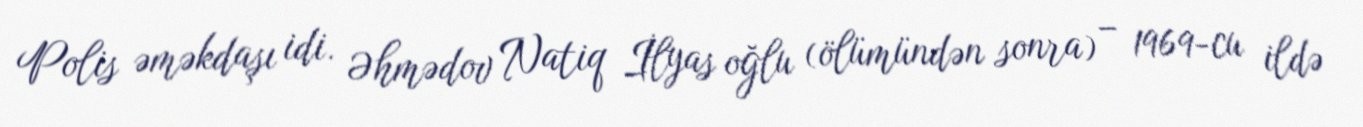
Polis əməkdaşı idi. Əhmədov Natiq İlyas oğlu (ölümündən sonra) – 1969-cu ildə